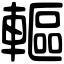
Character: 䡱